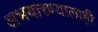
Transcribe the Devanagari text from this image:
अभयारण्यालाही